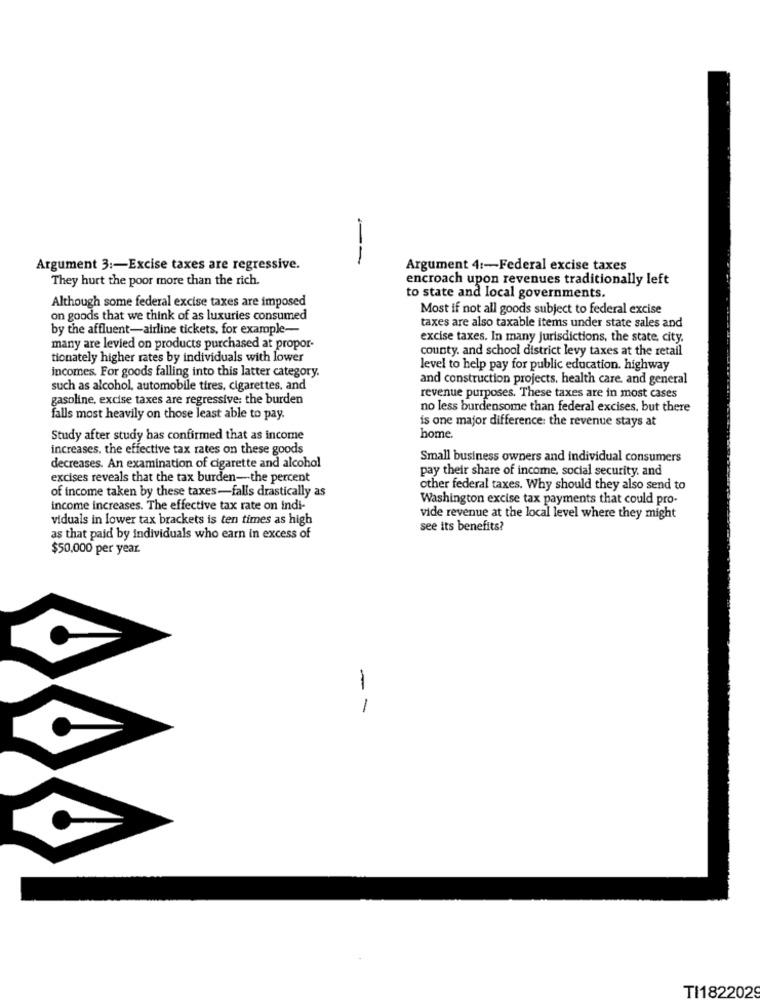
Argument 3 :- Excise taxes are regressive.
Argument 4 :- Federal excise taxes
They hurt the poor more than the rich.
encroach upon revenues traditionally left
to state and local governments.
Although some federal excise taxes are imposed
Most if not all goods subject to federal excise
on goods that we think of as luxuries consumed
by the affluent-airline tickets, for example-
taxes are also taxable items under state sales and
excise taxes. In many jurisdictions, the state, city.
many are levied on products purchased at propor-
county. and school district levy taxes at the retail
tionately higher rates by individuals with lower
incomes. For goods falling into this latter category.
level to help pay for public education. highway
and construction projects, health care, and general
such as alcohol, automobile tires, cigarettes, and
gasoline, excise taxes are regressive: the burden
revenue purposes. These taxes are in most cases
no less burdensome than federal excises, but there
falls most heavily on those least able to pay.
is one major difference: the revenue stays at
Study after study has confirmed that as income
home.
increases, the effective tax rates on these goods
Small business owners and individual consumers
decreases. An examination of cigarette and alcohol
pay their share of income, social security. and
excises reveals that the tax burden-the percent
of income taken by these taxes-falls drastically as
other federal taxes. Why should they also send to
Washington excise tax payments that could pro-
income increases. The effective tax rate on indi-
viduals in lower tax brackets is ten times as high
vide revenue at the local level where they might
see its benefits?
as that paid by individuals who earn in excess of
$50,000 per year.
--
TI1822029